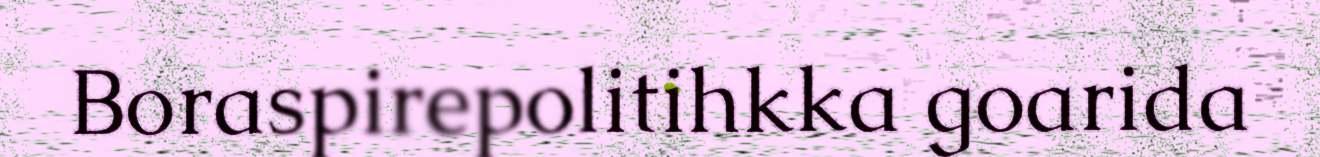
Boraspirepolitihkka goarida